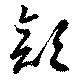
顏